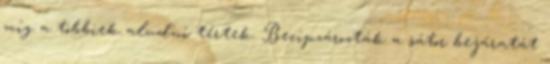
míg a többiek aludni tértek. Becipzározták a sátor bejáratát